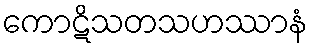
ကောဋိသတသဟဿာနံ